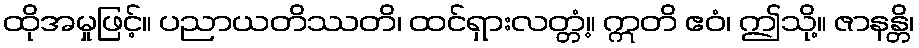
ထိုအမှုဖြင့်။ ပညာယတိဿတိ၊ ထင်ရှားလတ္တံ့။ ဣတိ ဧဝံ၊ ဤသို့။ ဇာနန္တိ၊